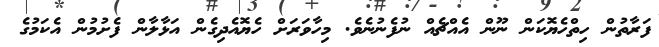
ފަރާތުން ހިތްހެޔޮކަން ނޫން އެއްޗެއް ނުފެނުނެވެ. މިހާވަރަށް ހެޔޮއެދިގެން އަޅާލާން ފެށުމުން އެކަމުގެ